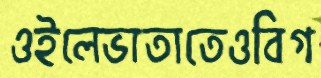
ওইলেভাতাতেওবিগ